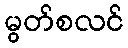
မွတ်စလင်